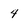
Character: 4